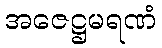
အဇေဋ္ဌမရဏံ